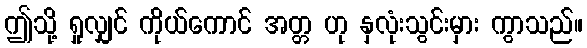
ဤသို့ ရှုလျှင် ကိုယ်ကောင် အတ္တ ဟု နှလုံးသွင်းမှား ကွာသည်။